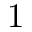
1